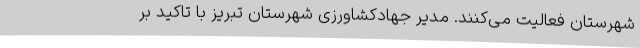
شهرستان فعالیت می‌کنند. مدیر جهادکشاورزی شهرستان تبریز با تاکید بر